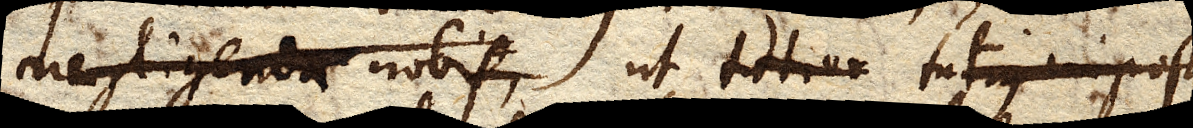
negligenda nobis, ut